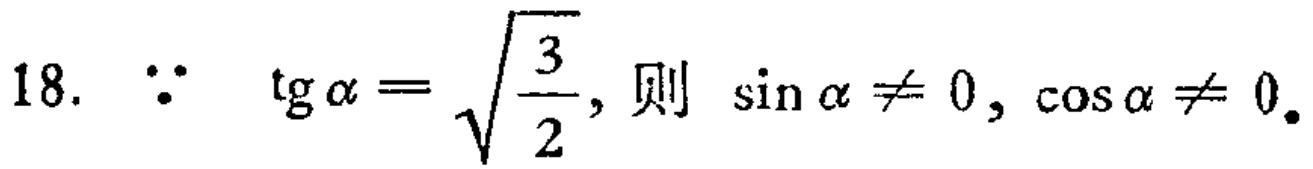
18. $\because \ \mathrm{tg}\alpha = \sqrt{\frac{3}{2}}$, 则 $\sin\alpha \neq 0, \cos\alpha \neq 0$.